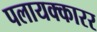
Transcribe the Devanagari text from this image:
पलायक्कारर